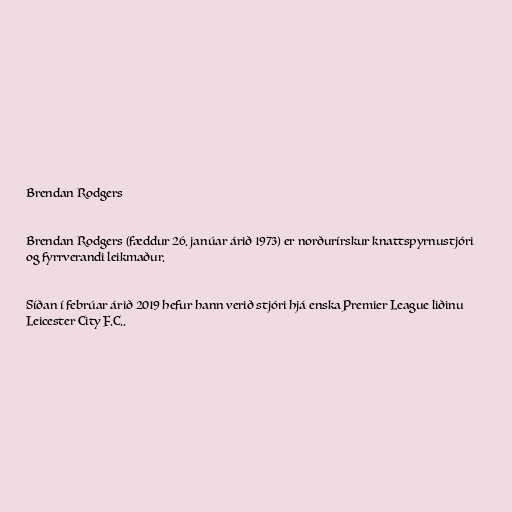
Brendan Rodgers

Brendan Rodgers (fæddur 26. janúar árið 1973) er norðurírskur knattspyrnustjóri
og fyrrverandi leikmaður.

Síðan í febrúar árið 2019 hefur hann verið stjóri hjá enska Premier League liðinu
Leicester City F.C..